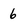
Character: 6